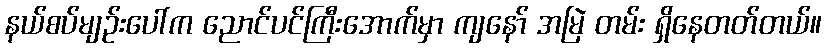
နယ်စပ်မျဉ်းပေါ်က ညောင်ပင်ကြီးအောက်မှာ ကျနော် အမြဲ တမ်း ရှိနေတတ်တယ်။